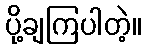
ပို့ချကြပါတဲ့။